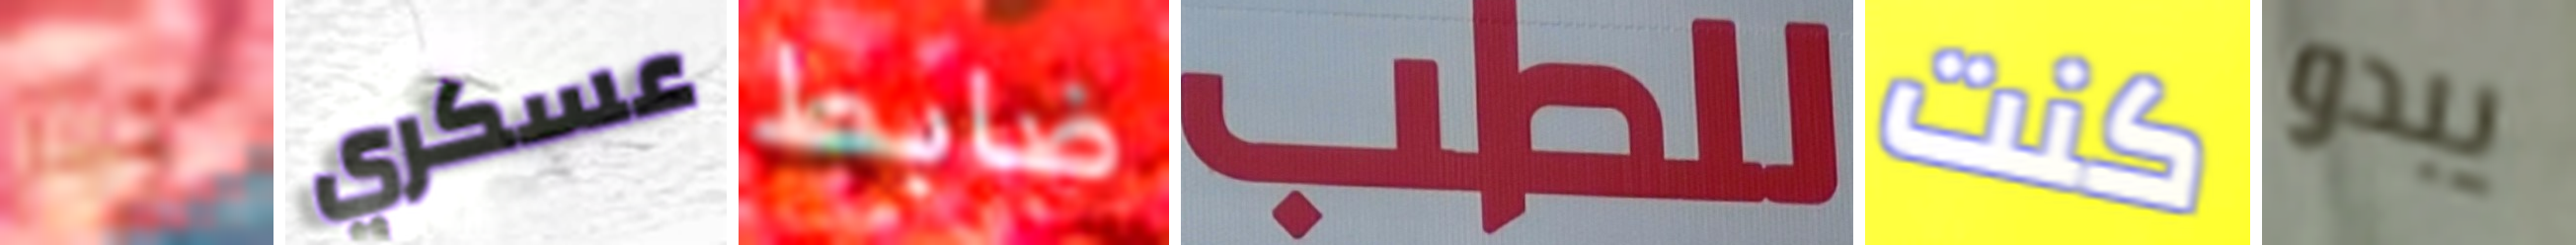
كيلر عسكري ضابط للطب كنت يبدو